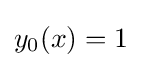
y_{0}(x)=1